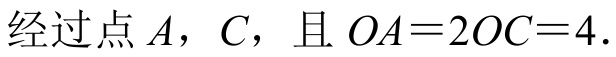
经过点\(A\)，\(C\)，且\(OA = 2OC = 4\).